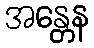
အန္တေန